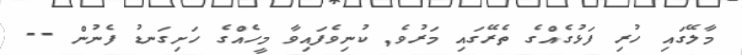
މާލޭގައި ހުރި ފަޅުގެއްގެ ތެރޭގައި މަރުވެ